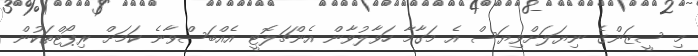
މި ސީޒަންގެ ނިޔަލަށްވިޔަސް އެ މަގާމާ ހަވާލުވާން އެންޗަލޮޓީ އެއްބަސްވާނެ ކަމަށް ރިޕޯޓްތަކުން